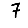
Digit: 7